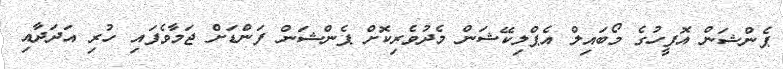
ޕެންޝަން އޮފީހުގެ މޯބައިލް އެޕްލިކޭޝަން މެދުވެރިކޮށް ޕެންޝަން ފަންޑަށް ޖަމާވެފައި ހުރި އަދަދާއި